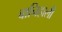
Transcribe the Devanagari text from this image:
बानिहाली